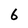
Character: 6